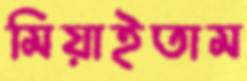
মিয়াইতাম